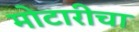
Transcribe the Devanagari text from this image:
मोटारीचा